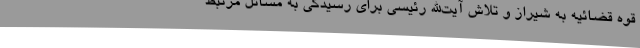
قوه قضائیه به شیراز و تلاش آیت‌الله رئیسی برای رسیدگی به مسائل مرتبط